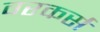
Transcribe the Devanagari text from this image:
वरकर्स